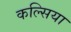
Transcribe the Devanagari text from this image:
कल्सिया